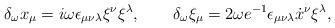
LaTeX: \begin{align*}\delta_{\omega} x_\mu=i{\omega}\epsilon_{\mu\nu\lambda}\xi^\nu\xi^\lambda,\qquad\delta_{\omega}\xi_\mu=2{\omega} e^{-1}\epsilon_{\mu\nu\lambda}\dot{x}{}^{\nu}\xi^{\lambda},\end{align*}